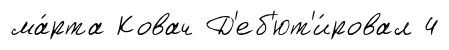
ма́рта Ковач Д'еб'ют'и́ровал 4